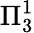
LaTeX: \Pi_{3}^{1}